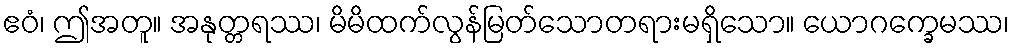
ဧဝံ၊ ဤအတူ။ အနုတ္တရဿ၊ မိမိထက်လွန်မြတ်သောတရားမရှိသော။ ယောဂက္ခေမဿ၊